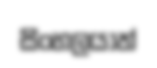
සිංහලයාත්